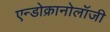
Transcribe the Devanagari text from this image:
एन्डोक्रानोलॉजी